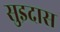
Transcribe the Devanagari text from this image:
सुइदास